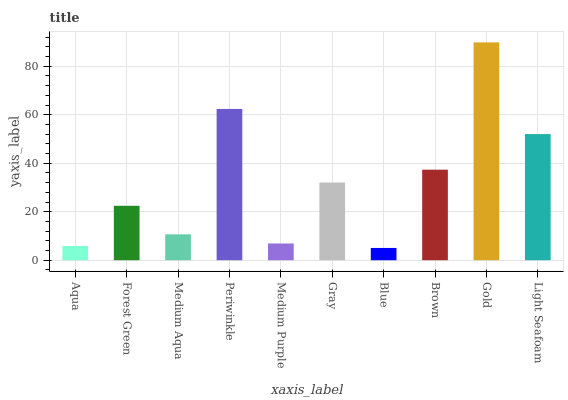
| xaxis_label | bars |
 | --- | --- |
 | Aqua | 5.89 |
 | Forest Green | 22.4 |
 | Medium Aqua | 10.7 |
 | Periwinkle | 62.4 |
 | Medium Purple | 6.91 |
 | Gray | 32 |
 | Blue | 5.06 |
 | Brown | 37.3 |
 | Gold | 89.8 |
 | Light Seafoam | 52 |